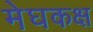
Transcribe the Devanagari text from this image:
मेघकक्ष